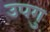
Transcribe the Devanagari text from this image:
उपगु